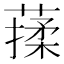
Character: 𦺤